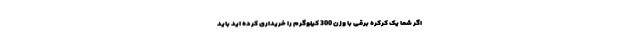
اگر شما یک کرکره برقی با وزن 300 کیلوگرم را خریداری کرده اید باید